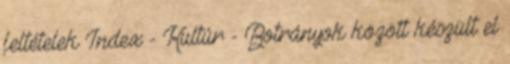
feltételek Index - Kultúr - Botrányok között készült el